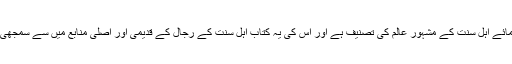
یہ کتاب علمائے اہل سنت کے مشہور عالم کی تصنیف ہے اور اس کی یہ کتاب اہل سنت کے رجال کے قدیمی اور اصلی منابع میں سے سمجھی جاتی ہے ۔